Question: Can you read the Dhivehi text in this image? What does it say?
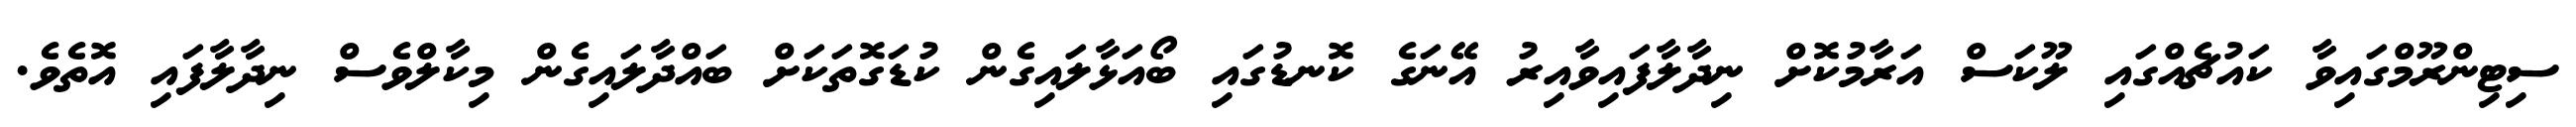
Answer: ސިޓިންރޫމްގައިވާ ކައުޗެއްގައި ލޫކަސް އަރާމުކޮށް ނިދާލާފައިވާއިރު އޭނަގެ ކޮނޑުގައި ބޯއަޅާލައިގެން ކުޑަގޮތަކަށް ބައްދާލައިގެން މިކާލްވެސް ނިދާލާފައި އޮތެވެ.